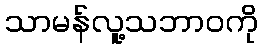
သာမန်လူ့သဘာဝကို